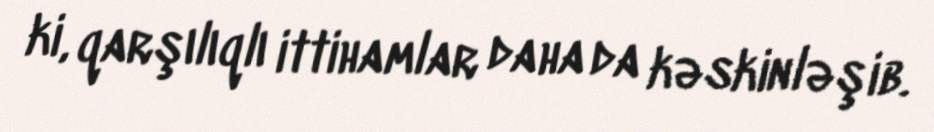
ki, qarşılıqlı ittihamlar daha da kəskinləşib.